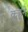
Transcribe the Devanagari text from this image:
कुहने